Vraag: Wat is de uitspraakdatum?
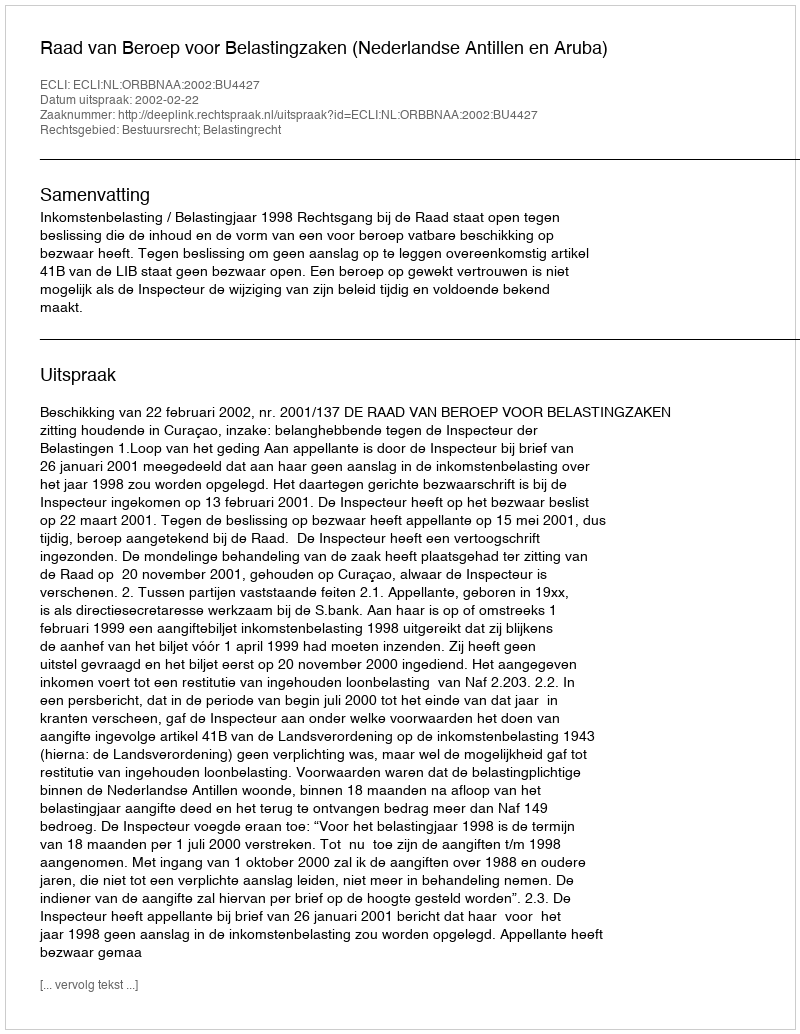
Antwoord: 2002-02-22